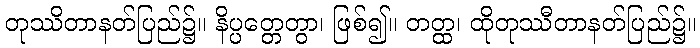
တုဿိတာနတ်ပြည်၌။ နိပ္ပတ္တေတွာ၊ ဖြစ်၍။ တတ္ထ၊ ထိုတုဿီတာနတ်ပြည်၌။